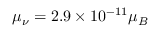
\mu _ { \nu } = 2 . 9 \times 1 0 ^ { - 1 1 } \mu _ { B }